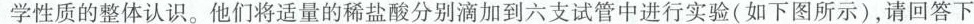
学性质的整体认识。他们将适量的稀盐酸分别滴加到六支试管中进行实验(如下图所示)，请回答下